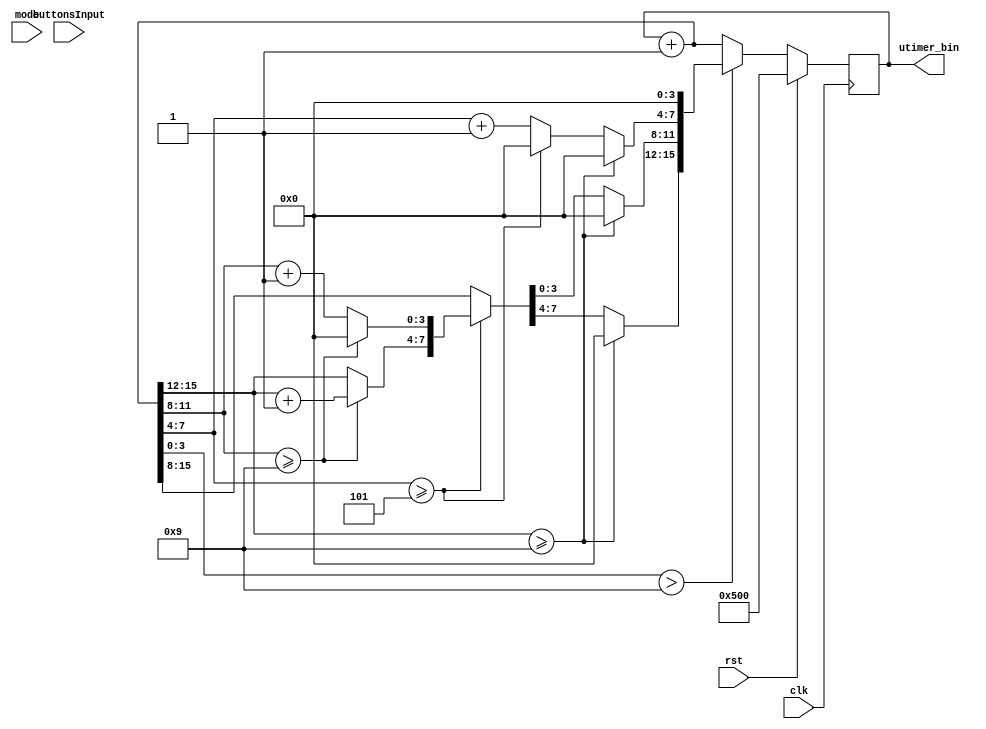
`timescale 1ns / 1ps

module TimerTracker(clk, rst, utimer_bin, buttonsInput, mode);
	input clk;
	input rst;
	input [1:0] buttonsInput;
	input [1:0] mode;
	output reg [15:0] utimer_bin;
	
	wire [1:0] count;
	
	initial begin
		utimer_bin = 16'b0000010100000000;
	end
					
	wire enable;
	assign enable = (mode == 1);
	
	//buttonDigitSelector sel(.count(count),.PB(buttonsInput[0]),.clk(clk));
	//incrementTimeButton inc(.clk(clk),.PB(buttonsInput[1]),.count(count),.enable(enable),.big_bin(utimer_bin));
				
				
				
	always@(posedge clk) begin
		utimer_bin = utimer_bin + 1'b1;
		if(utimer_bin[3:0] > 9) begin
			if(utimer_bin[15:12] >= 9) begin
					utimer_bin[3:0] = 0;
					utimer_bin[7:4] = 0;
					utimer_bin[11:8] = 0;
					utimer_bin[15:12] = 0;
			end
			else if(utimer_bin[7:4] >= 5) begin
				if(utimer_bin[11:8] >= 9) begin
					utimer_bin[3:0] = 0;
					utimer_bin[7:4] = 0;
					utimer_bin[11:8] = 0;
					utimer_bin[15:12] = utimer_bin[15:12] + 1'b1;
				end
				else begin
					utimer_bin[3:0] = 0;
					utimer_bin[7:4] = 0;
					utimer_bin[11:8] = utimer_bin[11:8] + 1'b1;
				end
			end

			else begin
				utimer_bin[3:0] = 0;
				utimer_bin[7:4] = utimer_bin[7:4] + 1'b1;
			end
		end
		if(rst == 1) begin
			utimer_bin = 16'b0000010100000000;
		end
	end


endmodule